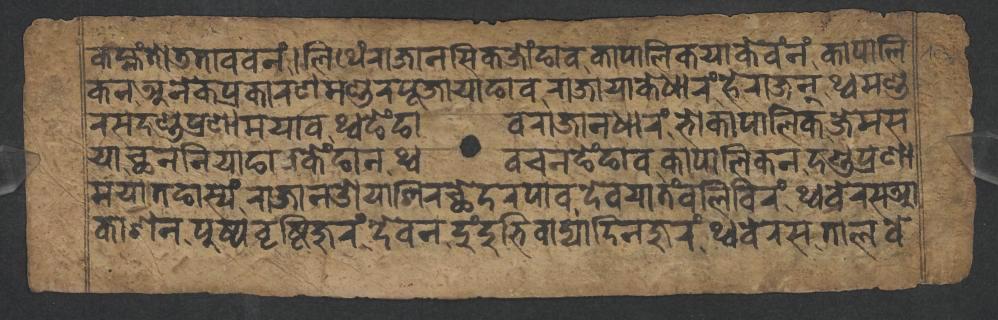
𑐎𑐩𑑂𑐴𑑄𑐟𑑀𑐜𑐟𑐵𑐰𑐰𑐣𑑄𑑋𑐮𑐶𑐠𑐾𑑄𑐬𑐵𑐖𑐵𑐣𑐳𑐶𑐎𑐖𑑀𑑄𑐒𑐵𑐰𑐎𑐵𑐥𑐵𑐮𑐶𑐎𑐫𑐵𑐎𑐾𑐰𑑄𑐣𑑄𑐎𑐵𑐥𑐵𑐮𑐶 𑐎𑐣𑐀𑐣𑐾𑐎𑐥𑑂𑐬𑐎𑐵𑐬𑐞𑐩𑐞𑑂𑐜𑐬𑐥𑐹𑐖𑐵𑐫𑐵𑐒𑐵𑐰𑐬𑐵𑐖𑐵𑐫𑐵𑐎𑐾𑐢𑐵𑐬𑑄𑐴𑐾𑐬𑐵𑐖𑐣𑑂𑐠𑑂𑐰𑐩𑐞𑑂𑐜 𑐬𑐳𑐡𑐞𑑂𑐜𑐥𑑂𑐬𑐞𑐵𑐩𑐫𑐵𑐰𑐠𑑂𑐰𑐒𑐾𑑄𑐒𑐵𑐰𑐬𑐵𑐖𑐵𑐣𑐢𑐵𑐬𑑄𑐨𑑀𑐎𑐵𑐥𑐵𑐮𑐶𑐎𑐖𑐾𑐩𑐳 𑐫𑐵𑐕𑐣𑐣𑐶𑐫𑐵𑐒𑐵𑐰𑐎𑐾𑑄𑐒𑐵𑐣𑐠𑑂𑐰𑐰𑐔𑐣𑐒𑐾𑑄𑐒𑐵𑐰𑐎𑐵𑐥𑐵𑐮𑐶𑐎𑐣𑐡𑐞𑑂𑐜𑐥𑑂𑐬𑐞𑐵 𑐩𑐫𑐵𑐟𑐒𑐵𑐳𑑂𑐫𑑄𑐬𑐵𑐖𑐵𑐣𑐌𑐫𑐵𑐱𑐶𑐬𑐕𑐾𑐡𑐬𑐥𑐵𑐰𑐡𑐾𑐰𑐫𑐵𑐟𑑄𑐧𑐮𑐶𑐧𑐶𑐬𑑄𑐠𑑂𑐰𑐧𑐾𑐬𑐳𑐁 𑐎𑐵𑐱𑐣𑐥𑐸𑐲𑑂𑐥𑐰𑐺𑐲𑑂𑐚𑐶𑐖𑐸𑐬𑑄𑐡𑐾𑐰𑐣𑐡𑐸𑑄𑐡𑐸𑐨𑐶𑐰𑐵𑐡𑑂𑐫𑐵𑐡𑐶𑐣𑐖𑐸𑐬𑑄𑐠𑑂𑐰𑐧𑐾𑐬𑐳𑐟𑐵𑐮𑐰𑐾